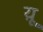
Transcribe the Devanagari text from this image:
य़ू